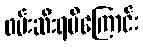
ဖမ်းဆီးရမိကြောင်း